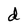
Character: d